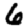
Digit: 6